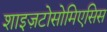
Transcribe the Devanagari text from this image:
शाइज़टोसोमिएसिस